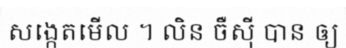
សង្កេតមើល ។ លិន ចឺស៊ី បាន ឲ្យ